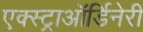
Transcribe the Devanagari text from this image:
एक्स्ट्राऑर्डिनेरी